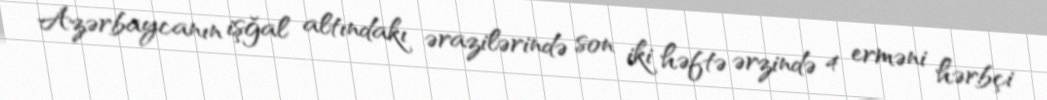
Azərbaycanın işğal altındakı ərazilərində son iki həftə ərzində 4 erməni hərbçi